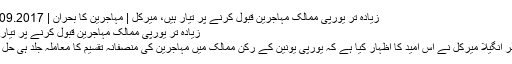
زیادہ تر یورپی ممالک مہاجرین قبول کرنے پر تیار ہیں، میرکل | مہاجرین کا بحران | DW | 10.09.2017
زیادہ تر یورپی ممالک مہاجرین قبول کرنے پر تیار ہیں، میرکل
جرمن چانسلر انگیلا میرکل نے اس امید کا اظہار کیا ہے کہ یورپی یونین کے رکن ممالک میں مہاجرین کی منصفانہ تقسیم کا معاملہ جلد ہی حل ہو جائے گا۔